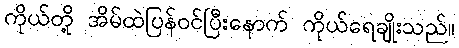
ကိုယ်တို့ အိမ်ထဲပြန်ဝင်ပြီးနောက် ကိုယ်ရေချိုးသည်။